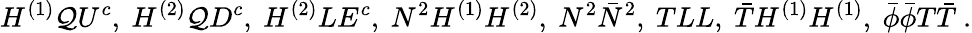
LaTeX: H^{(1)}\mathcal{Q}U^{c},~H^{(2)}\mathcal{Q}D^{c},~H^{(2)}LE^{c},~N^{2}H^{(1)}H^{(2)},~N^{2}\bar{{N}}^{2},~TLL,~\bar{{T}}H^{(1)}H^{(1)},~\bar{{\phi}}\bar{{\phi}}T\bar{{T}}~.